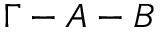
\Gamma - A - B